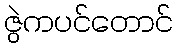
ဇွဲကပင်တောင်